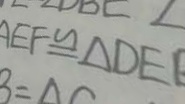
A E F \cong \Delta D E